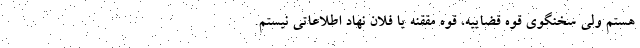
هستم ولی سخنگوی قوه قضاییه، قوه مققنه یا فلان نهاد اطلاعاتی نیستم.